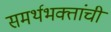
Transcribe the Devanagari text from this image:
समर्थभक्तांची